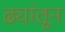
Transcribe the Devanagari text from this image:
ढ्यांतून